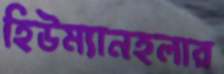
হিউম্যানহলার